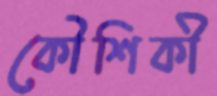
কৌশিকী